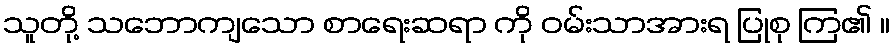
သူတို့ သဘောကျသော စာရေးဆရာ ကို ဝမ်းသာအားရ ပြုစု ကြ၏ ။